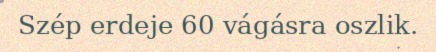
Szép erdeje 60 vágásra oszlik.